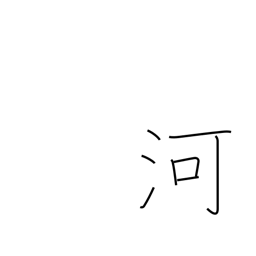
Meaning: river